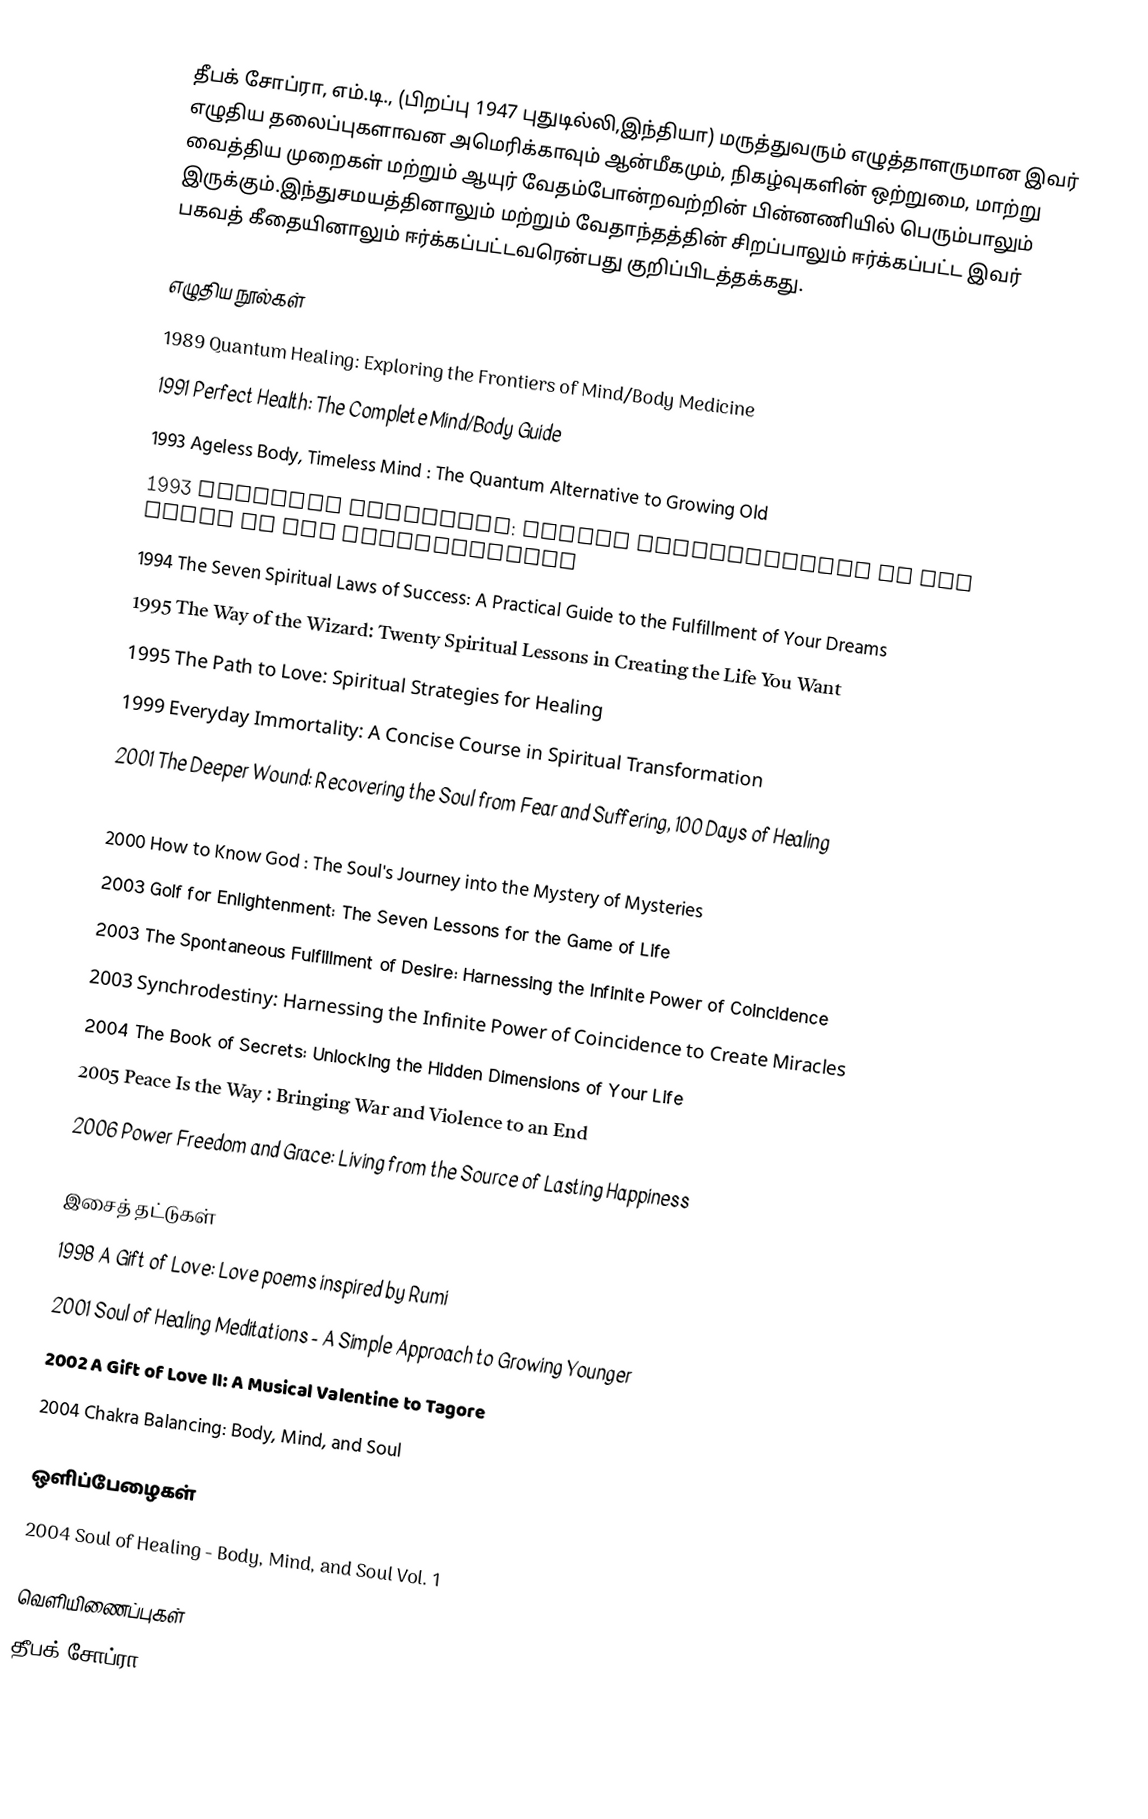
தீபக் சோப்ரா, எம்.டி., (பிறப்பு 1947 புதுடில்லி,இந்தியா) மருத்துவரும் எழுத்தாளருமான இவர் எழுதிய தலைப்புகளாவன அமெரிக்காவும் ஆன்மீகமும், நிகழ்வுகளின் ஒற்றுமை, மாற்று வைத்திய முறைகள் மற்றும் ஆயுர் வேதம்போன்றவற்றின் பின்னணியில் பெரும்பாலும் இருக்கும்.இந்துசமயத்தினாலும் மற்றும் வேதாந்தத்தின் சிறப்பாலும் ஈர்க்கப்பட்ட இவர் பகவத் கீதையினாலும் ஈர்க்கப்பட்டவரென்பது குறிப்பிடத்தக்கது.

எழுதிய நூல்கள்
 1989 Quantum Healing: Exploring the Frontiers of Mind/Body Medicine
 1991 Perfect Health: The Complete Mind/Body Guide
 1993 Ageless Body, Timeless Mind : The Quantum Alternative to Growing Old
 1993 Creating Affluence: Wealth Consciousness in the Field of All Possibilities
 1994 The Seven Spiritual Laws of Success: A Practical Guide to the Fulfillment of Your Dreams
 1995 The Way of the Wizard: Twenty Spiritual Lessons in Creating the Life You Want
 1995 The Path to Love: Spiritual Strategies for Healing
 1999 Everyday Immortality: A Concise Course in Spiritual Transformation
 2001 The Deeper Wound: Recovering the Soul from Fear and Suffering, 100 Days of Healing
 2001 Grow Younger, Live Longer: 10 Steps to Reverse Aging
 2000 How to Know God : The Soul's Journey into the Mystery of Mysteries
 2003 Golf for Enlightenment: The Seven Lessons for the Game of Life
 2003 The Spontaneous Fulfillment of Desire: Harnessing the Infinite Power of Coincidence
 2003 Synchrodestiny: Harnessing the Infinite Power of Coincidence to Create Miracles
 2004 The Book of Secrets: Unlocking the Hidden Dimensions of Your Life
 2005 Peace Is the Way : Bringing War and Violence to an End
 2006 Power Freedom and Grace: Living from the Source of Lasting Happiness

இசைத் தட்டுகள்
 1998 A Gift of Love: Love poems inspired by Rumi
 2001 Soul of Healing Meditations - A Simple Approach to Growing Younger
 2002 A Gift of Love II: A Musical Valentine to Tagore
 2004 Chakra Balancing: Body, Mind, and Soul

ஒளிப்பேழைகள்
 2004 Soul of Healing - Body, Mind, and Soul Vol. 1

வெளியிணைப்புகள்
 தீபக் சோப்ரா